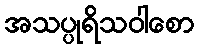
အသပ္ပုရိသဝါစော